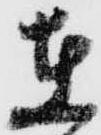
在